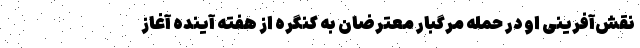
نقش‌آفرینی او در حمله مرگبار معترضان به کنگره از هفته آینده آغاز